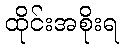
ထိုင်းအစိုးရ